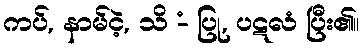
ကပ်, နာမ်ငဲ့, သိ -ံ ပြု, ပဋလံ ပြီး၏။